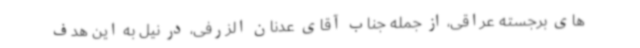
های برجسته عراقی، از جمله جناب آقای عدنان الزرفی، در نیل به این هدف